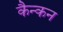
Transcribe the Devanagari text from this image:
कैन्कन